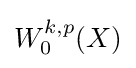
W_{0}^{k,p}(X)